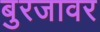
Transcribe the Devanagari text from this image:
बुरजावर